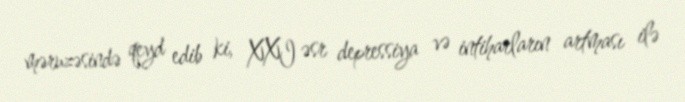
məruzəsində qeyd edib ki, XXI əsr depressiya və intiharların artması ilə